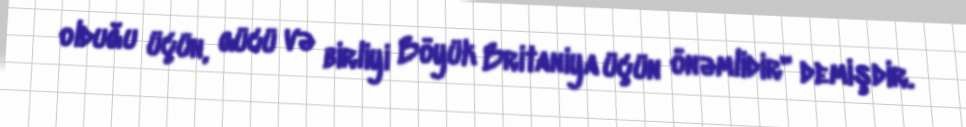
olduğu üçün, gücü və birliyi Böyük Britaniya üçün önəmlidir" demişdir.